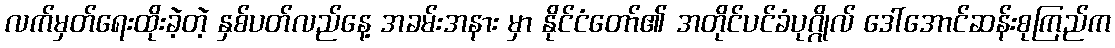
လက်မှတ်ရေးထိုးခဲ့တဲ့ နှစ်ပတ်လည်နေ့ အခမ်းအနား မှာ နိုင်ငံတော်၏ အတိုင်ပင်ခံပုဂ္ဂိုလ် ဒေါ်အောင်ဆန်းစုကြည်က